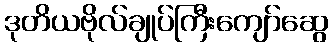
ဒုတိယဗိုလ်ချုပ်ကြီးကျော်ဆွေ